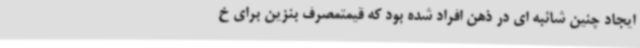
ایجاد چنین شائبه ای در ذهن افراد شده بود که قیمتمصرف بنزین برای خ